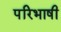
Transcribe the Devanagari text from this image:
परिभाषी